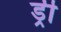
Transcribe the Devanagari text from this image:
ड्री